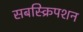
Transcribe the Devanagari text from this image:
सबस्क्रिपशन